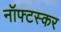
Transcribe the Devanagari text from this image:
नॉफ्टस्कर